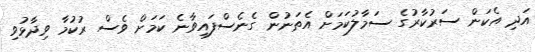
އަދި އެކަން ސަރުކާރުގެ ސަމާލުކަމަށް އެތަނުން ގެނެސްފައިވާނެ ކަމަށް ވެސް ރުކުމާ ވިދާޅުވި